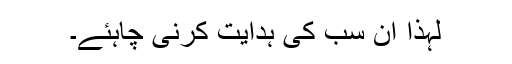
لہذا ان سب کی ہدایت کرنی چاہئے۔